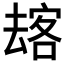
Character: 𱑫